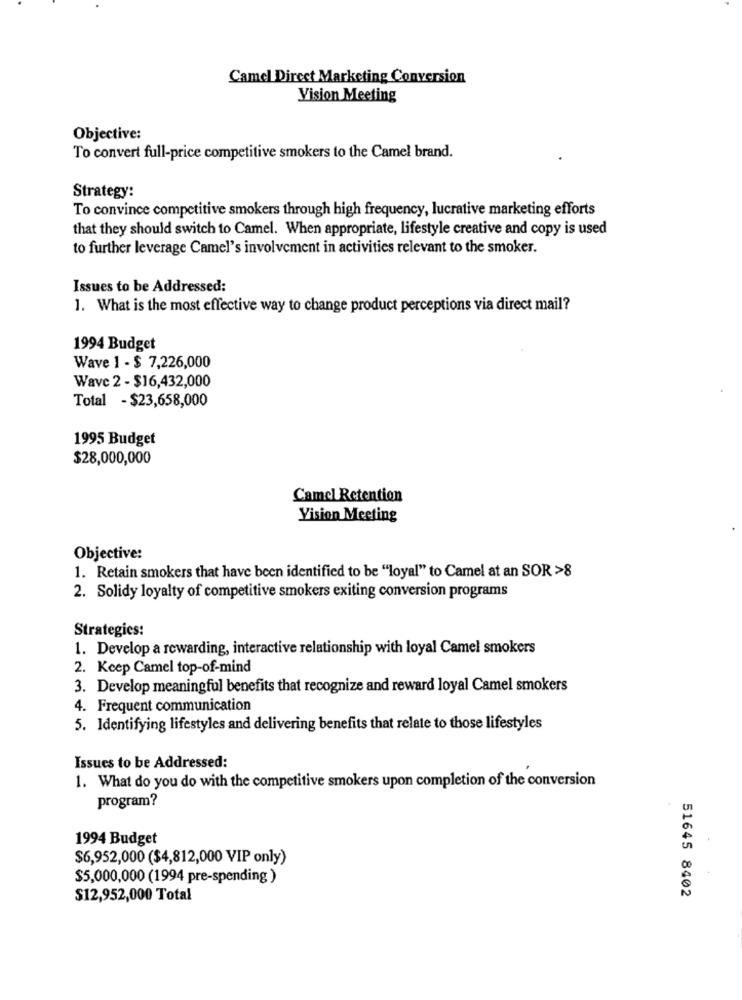
Camel Direct Marketing Conversion
Vision Meeting
Objective:
To convert full-price competitive smokers to the Camel brand.
Strategy:
To convince competitive smokers through high frequency, lucrative marketing efforts
that they should switch to Camel. When appropriate, lifestyle creative and copy is used
to further leverage Camel's involvement in activities relevant to the smoker.
Issues to be Addressed:
1. What is the most effective way to change product perceptions via direct mail?
1994 Budget
Wave 1 - $ 7,226,000
Wave 2 - $16,432,000
Total - $23,658,000
1995 Budget
$28,000,000
Camel Retention
Vision Meeting
Objective:
1. Retain smokers that have been identified to be "loyal" to Camel at an SOR >8
2. Solidy loyalty of competitive smokers exiting conversion programs
Strategies:
1. Develop a rewarding, interactive relationship with loyal Camel smokers
2. Keep Camel top-of-mind
3. Develop meaningful benefits that recognize and reward loyal Camel smokers
4. Frequent communication
5. Identifying lifestyles and delivering benefits that relate to those lifestyles
Issues to be Addressed:
1. What do you do with the competitive smokers upon completion of the conversion
program?
1994 Budget
$6,952,000 ($4,812,000 VIP only)
$5,000,000 (1994 pre-spending )
51645 8402
$12,952,000 Total